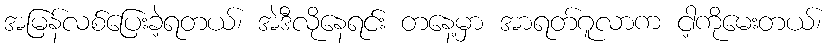
အမြန်လစ်ပြေးခဲ့ရတယ်၊ အဲဒီလိုနေရင်း တနေ့မှာ အာရတ်ဂူလာက ငါ့ကိုမေးတယ်၊